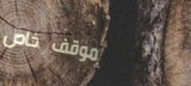
موقف خاص